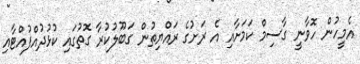
އެމީހުން ހޮވާނީ ގާސިމް ކަމަށާއި އެ ރަށުގެ ރައްޔިތުން ގަބޫލުކުރާ ގޮތުގައި ކުޅުދުއްފުއްޓާއި